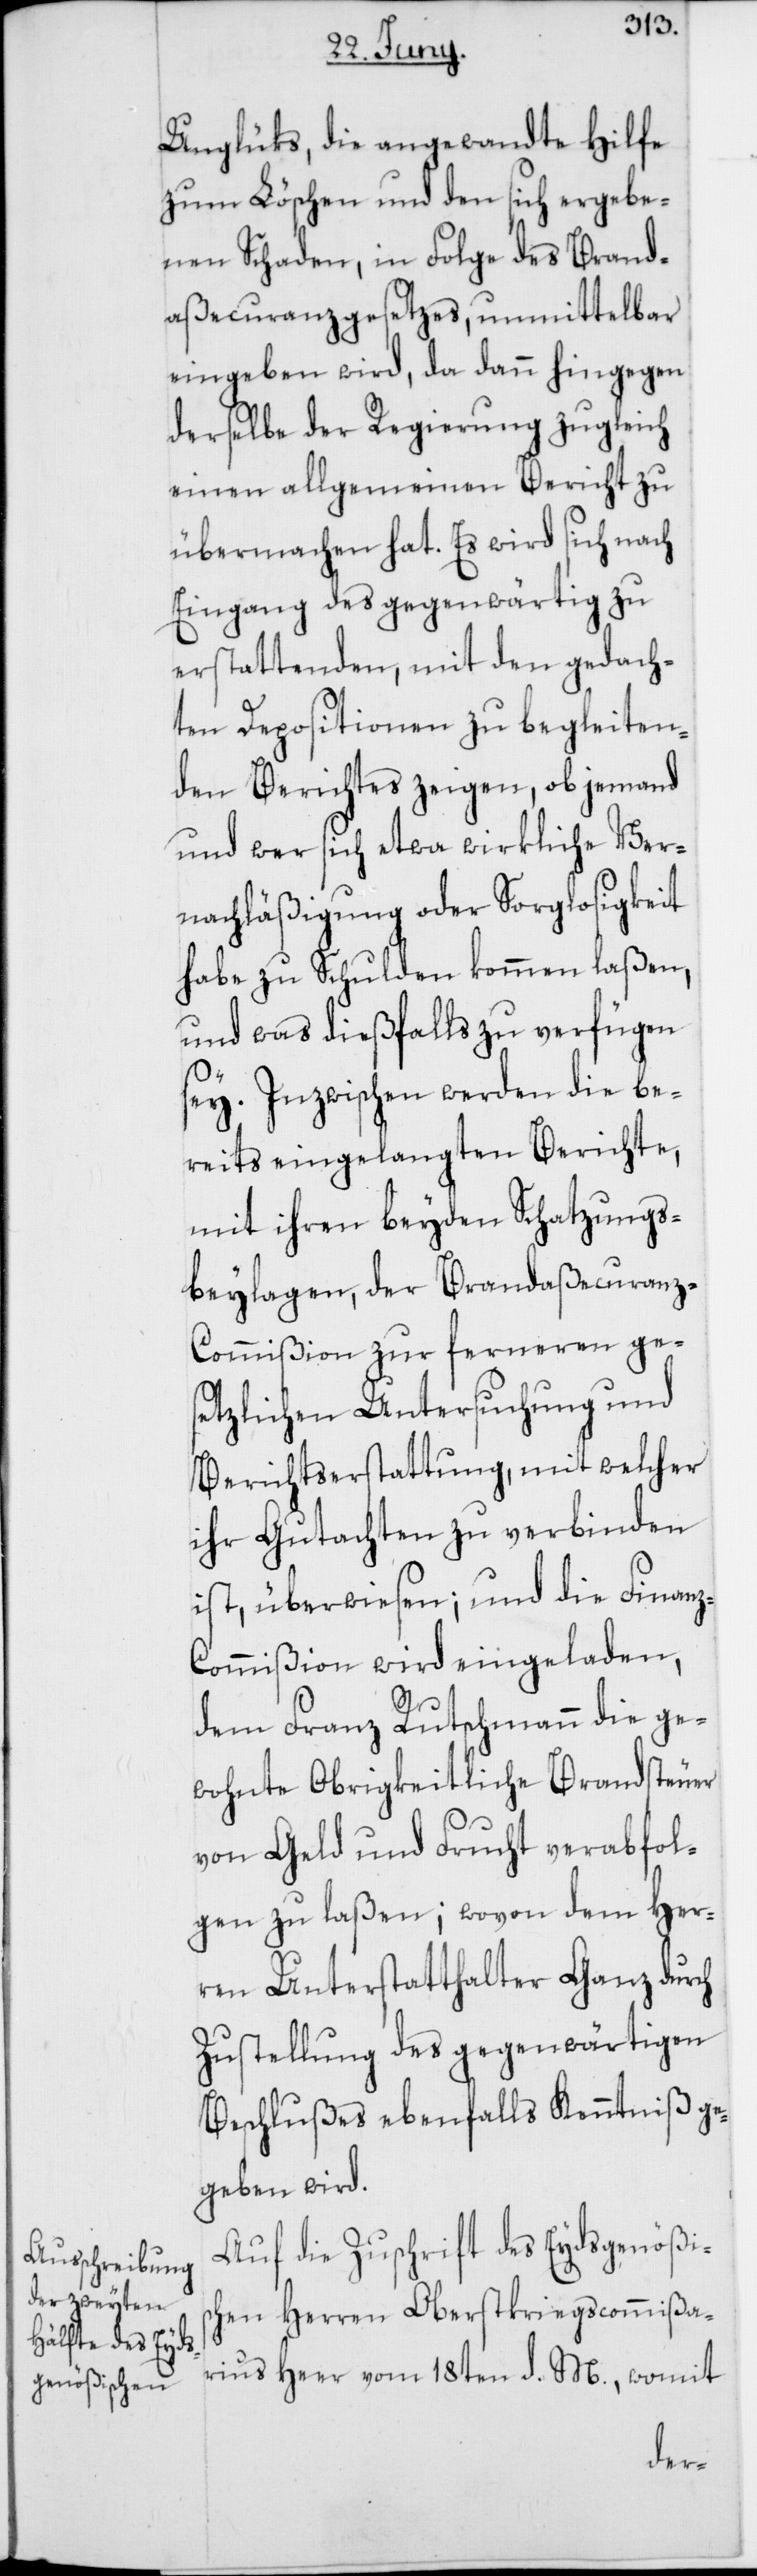
Unglücks, die angewandte Hilfe
zum Löschen und den sich ergebe¬
nden Schaden, in Folge des Brand¬
aßecuranzgesetzes, unmittelbar
eingeben wird, da dann hingegen
derselbe der Regierung zugleich
einen allgemeinen Bericht zu
übermachen hat. Es wird sich nach
Eingang des gegenwärtig zu
erstattenden, mit den gedach¬
ten Depositionen zu begleiten¬
den Berichtes zeigen, ob jemand
und wer sich etwa wirkliche Ver¬
nachläßigung oder Sorglosigkeit
habe zu Schulden kommen laßen,
und was dießfalls zu verfügen
sey. Inzwischen werden die be¬
reits eingelangten Berichte,
mit ihren beyden Schatzungs¬
beylagen, der Brandaßecuranz-C¬
ommißion zur ferneren ge¬
setzlichen Untersuchung und
Berichtserstattung, mit welcher
ihr Gutachten zu verbinden
ist, überwiesen; und die Finan¬
z-Commißion wird eingeladen,
dem Franz Rutschmann die ge¬
wohnte Obrigkeitliche Brandsteuer
von Geld und Frucht verabfol¬
gen zu laßen; wovon dem Her¬
ren Unterstatthalter Ganz durch
Zustellung des gegenwärtigen
Beschlußes ebenfalls Kenntniß ge¬
geben wird.
Auf die Zuschrift des Eydsgenößis¬
chen Herren Oberstkriegscommißa¬
rius Heer vom 18ten d. M., womit